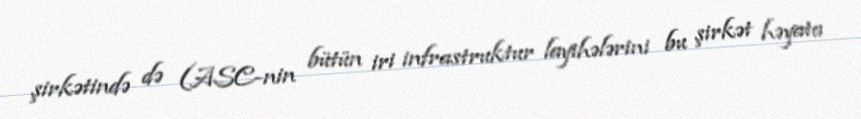
şirkətində də (ASC-nin bütün iri infrastruktur layihələrini bu şirkət həyata